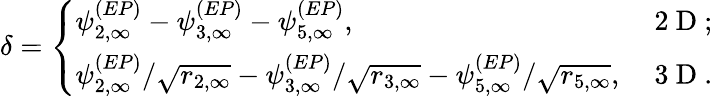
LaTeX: \delta=\left\{ \begin{array}{ll}{\psi_{2,\infty}^{(EP)}-\psi_{3,\infty}^{(EP)}-\psi_{5,\infty}^{(EP)},}&{\mathrm{~2~D~};}\\ {\psi_{2,\infty}^{(EP)}/\sqrt{r_{2,\infty}}-\psi_{3,\infty}^{(EP)}/\sqrt{r_{3,\infty}}-\psi_{5,\infty}^{(EP)}/\sqrt{r_{5,\infty}},}&{\mathrm{~3~D~}.}\end{array}\right.